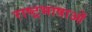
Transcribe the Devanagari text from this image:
राष्ट्रभाषाओं